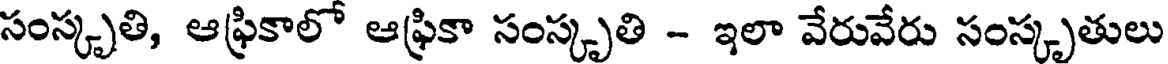
సంస్కృతి, ఆఫ్రికాలో ఆఫ్రికా సంస్కృతి - ఇలా వేరువేరు సంస్కృతులు